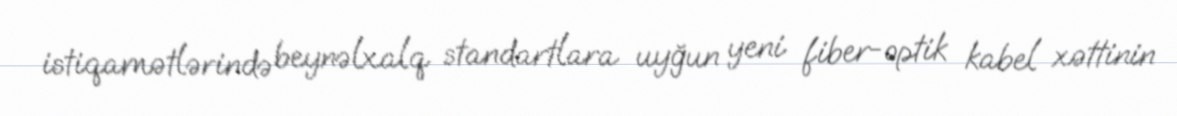
istiqamətlərində beynəlxalq standartlara uyğun yeni fiber-optik kabel xəttinin